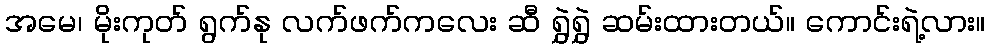
အမေ၊ မိုးကုတ် ရွက်နု လက်ဖက်ကလေး ဆီ ရွှဲရွှဲ ဆမ်းထားတယ်။ ကောင်းရဲ့လား။